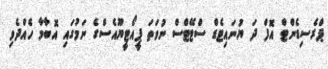
ޕްރެސިޑެންޓް އޮފް ދަ ޔުނައިޓެޑް ސްޓޭޓްސް ނުވަތަ ޕީއޯޓީޔޫއެސްގެ ނަމުގައި އޮބާމާ ހެއްދެވި